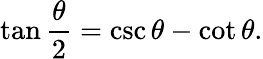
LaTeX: \tan{\frac{\theta}{2}}=\csc\theta-\cot\theta.